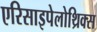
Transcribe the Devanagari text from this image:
एरिसाइपेलोथ्रिक्स